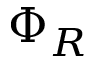
\Phi _ { R }